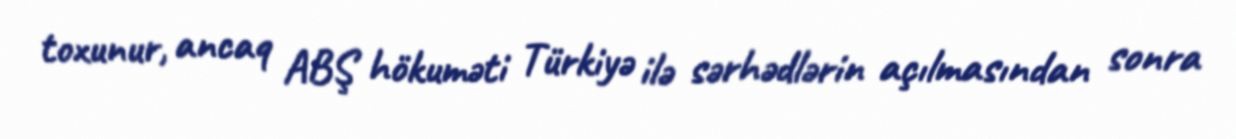
toxunur, ancaq ABŞ hökuməti Türkiyə ilə sərhədlərin açılmasından sonra